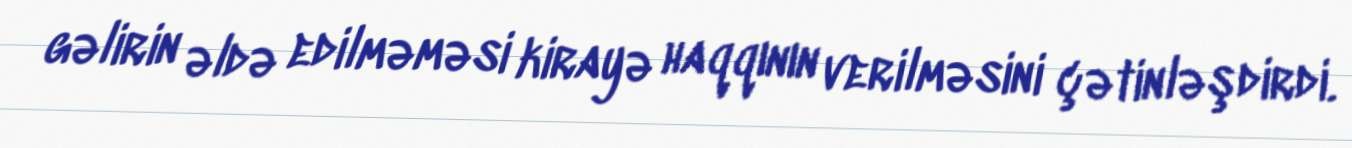
gəlirin əldə edilməməsi kirayə haqqının verilməsini çətinləşdirdi.